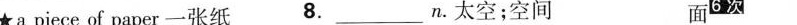
★a piece of paper一张纸 8.________________n。太空；空间 面^{6次}